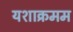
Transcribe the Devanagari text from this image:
यशाक्रमम